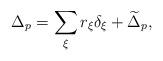
LaTeX: \begin{align*}\Delta_p=\sum_\xi r_\xi\delta_\xi + \widetilde\Delta_p, \end{align*}